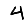
Digit: 4